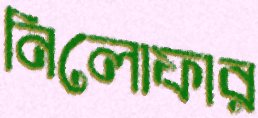
নিলোফার